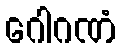
ဂေါဂဏံ